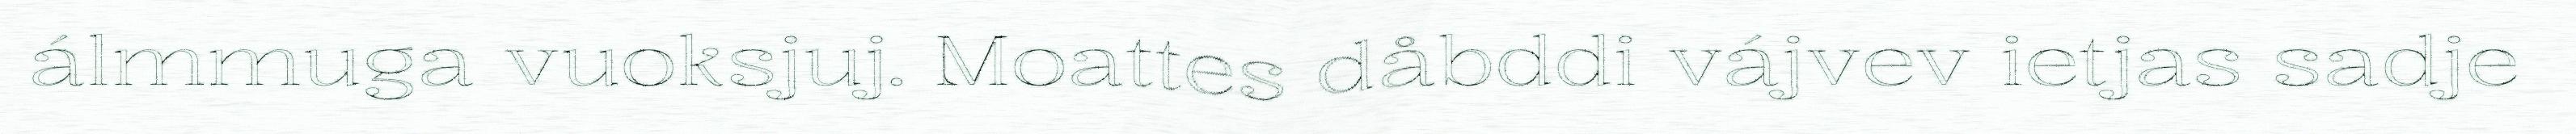
álmmuga vuoksjuj. Moattes dåbddi vájvev ietjas sadje